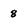
Character: 8